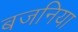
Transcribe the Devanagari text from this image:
बजनिया